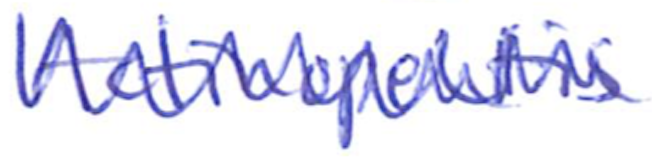
Text: Actinopeltis
Cross-out: zig-zag
Writing tool: ballpoint